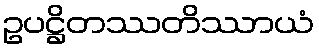
ဥပဋ္ဌိတဿတိဿာယံ